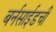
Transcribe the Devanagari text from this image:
बर्नसाईडची